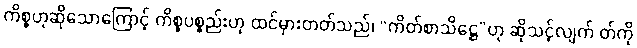
ကိစ္စဟုဆိုသောကြောင့် ကိစ္စပစ္စည်းဟု ထင်မှားတတ်သည်၊ “ကိတ်စာသိဋ္ဌေ”ဟု ဆိုသင့်လျက် တ်ကို